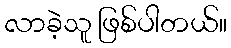
လာခဲ့သူ ဖြစ်ပါတယ်။